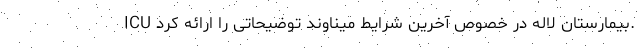
ICU بیمارستان لاله در خصوص آخرین شرایط میناوند توضیحاتی را ارائه کرد.